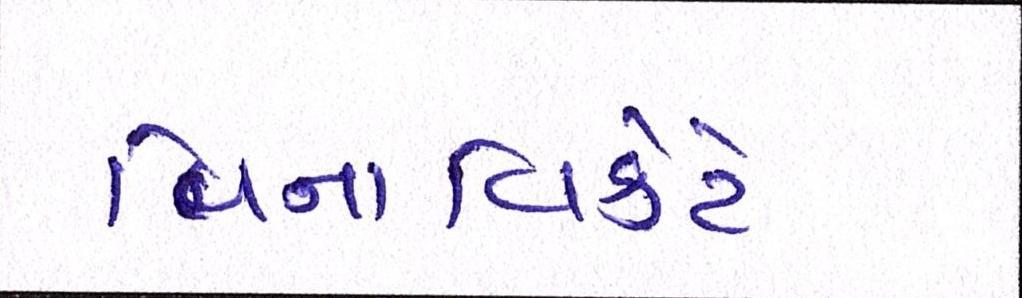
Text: વિનાવિકેટે